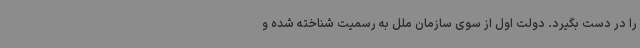
را در دست بگیرد. دولت اول از سوی سازمان ملل به رسمیت شناخته شده و